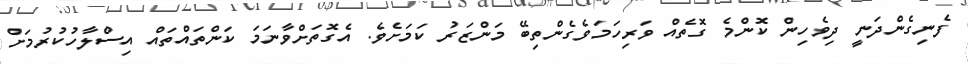
ފެނިގެންދަނީ ދިވެހިން ކޮންމެ ގޮތެއް ވަރިހަމަވެގެންތިބޭ މަންޒަރު ކަމަށެވެ. އެގޮތަށްވާނަމަ ކަންތައްތައް އިސްލާހުކުރުމަށް